Mental hospitals Bombay report 1929-33 - 1929-1933
Year: 1929
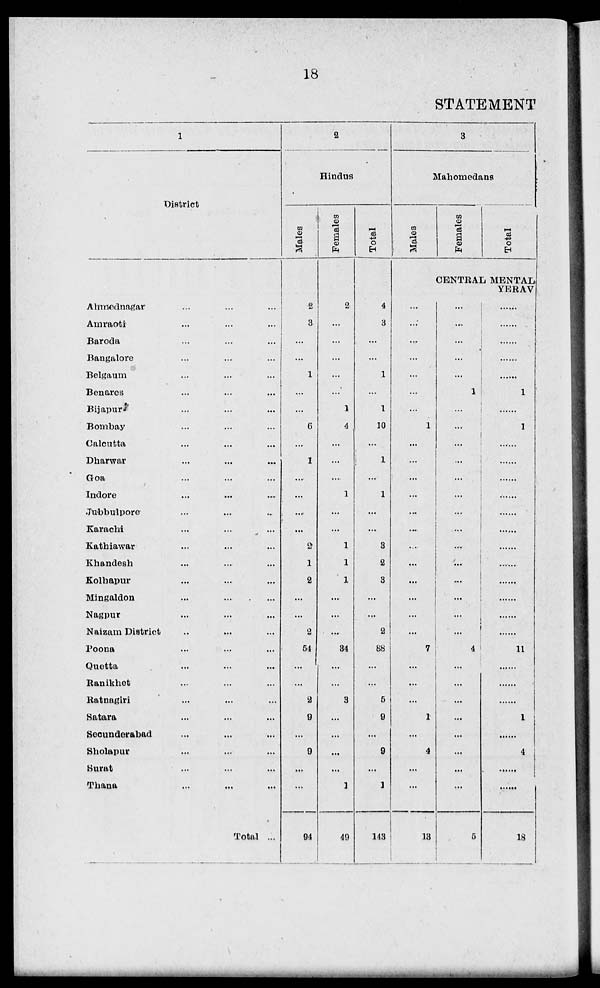
18
STATEMENT
1
District
Ahmednagar ... ... ...
Amraoti ... ... ...
Baroda ... ... ...
Bangalore ... ... ...
Belgaum ... ... ...
Benares ... ... ...
Bijapur ... ... ...
Bombay ... ... ...
Calcutta ... ... ...
Dharwar ... ... ...
Goa ... ... ...
Indore ... ... ...
Jubbulpore ... ... ...
Karachi ... ... ...
Kathiawar ... ... ...
Khandesh ... ... ...
Kolhapur ... ... ...
Mingaldon ... ... ...
Nagpur ... ... ...
Naizam District ... ... ...
Poona ... ... ...
Quetta ... ... ...
Ranikhet ... ... ...
Ratnagiri ... ... ...
Satara ... ... ...
Secunderabad ... ... ...
Sholapur ... ... ...
Surat ... ... ...
Thana ... ... ...
Total ...
2
Hindus
Males
2
3
...
...
1
...
...
6
...
1
...
...
...
...
2
1
2
...
...
2
54
...
...
2
9
...
9
...
...
94
Females
2
...
...
...
...
...
1
4
...
...
...
1
...
...
1
1
1
...
...
...
34
...
...
3
...
...
...
...
1
49
Total
4
3
...
...
1
...
1
10
...
1
...
1
...
...
3
2
3
...
...
2
88
...
...
5
9
...
9
...
1
143
3
Mahomedans
Males
...
...
...
...
...
...
...
1
...
...
...
...
...
...
...
...
...
...
...
...
7
...
...
...
1
...
4
...
...
13
Females
Total
CENTRAL MENTAL
YERAV
...
...
...
...
...
1
...
...
...
...
...
...
...
...
...
....
...
...
...
...
4
...
...
...
...
...
...
...
...
5
......
......
......
......
......
1
......
1
...
......
......
......
......
......
......
......
......
......
......
......
11
...
...
...
1
......
4
......
......
18